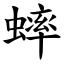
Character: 蟀